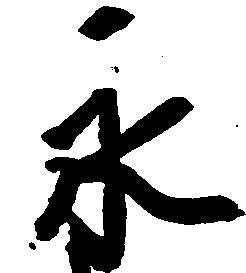
永